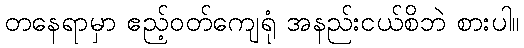
တနေရာမှာ ဧည့်ဝတ်ကျေရုံ အနည်းငယ်စိဘဲ စားပါ။